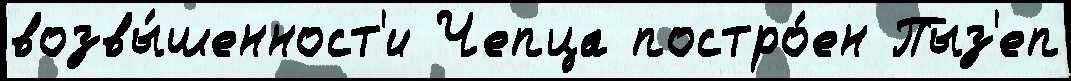
возвы́шенност'и Чепца постро́ен Пыз'еп